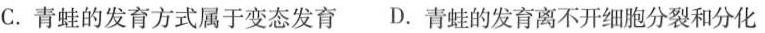
C.青蛙的发育方式属于变态发育 D.青蛙的发育离不开细胞分裂和分化